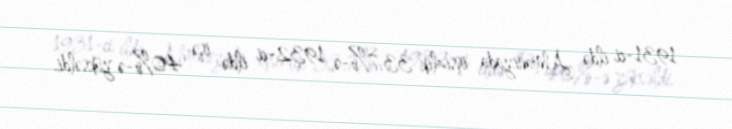
1931-ci ildə Almaniyada işsizlik 33,7%-ə, 1932-ci ildə isə 40%-ə yüksəldi.